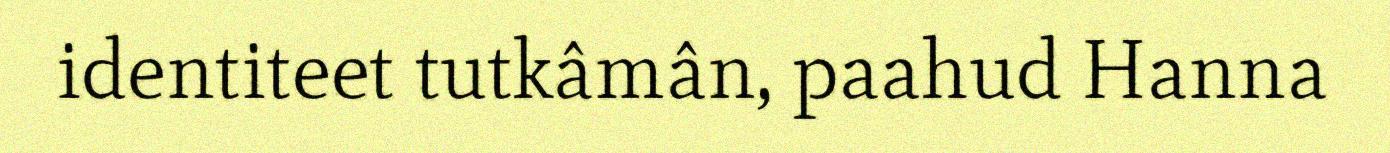
identiteet tutkâmân, paahud Hanna